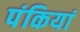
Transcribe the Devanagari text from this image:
पंकियां